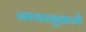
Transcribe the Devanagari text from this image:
नावानुक्रमे